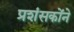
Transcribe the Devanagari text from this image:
प्रशंसकोंने